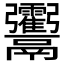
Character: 𩱶